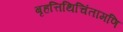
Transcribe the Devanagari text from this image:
बृहत्तिथिचिंतामणि